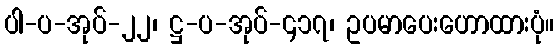
ပါ-ပ-အုပ်-၂၂၊ ဋ္ဌ-ပ-အုပ်-၄၁၇၊ ဥပမာပေးဟောထားပုံ။